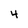
Character: 4